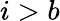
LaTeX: i>b